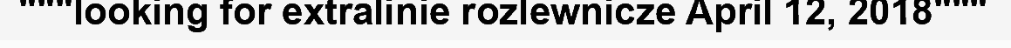
"""looking for extralinie rozlewnicze April 12, 2018"""